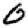
Digit: 0